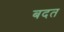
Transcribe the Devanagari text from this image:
बदत